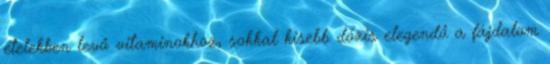
ételekben levő vitaminokhoz, sokkal kisebb dózis elegendő a fájdalom